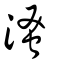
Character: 溞